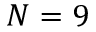
N = 9